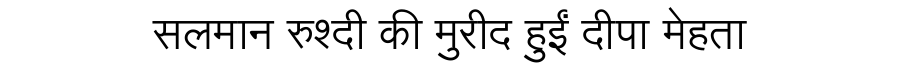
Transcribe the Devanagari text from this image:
सलमान रुश्दी की मुरीद हुईं दीपा मेहता